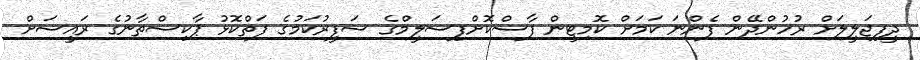
ދީފިޖަލީލަށް ރުހުންދޭން ފެންނަ ކަމަށް ކޮމިޓީން ފާސްކޮށްފިސަލީމްގެ ސަފީރުކަމުގެ ފަތްކޮޅު ޕާކިސްތާނުގެ ރައީސަށް